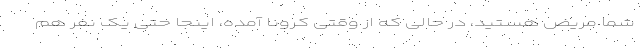
شما مریض هستید، در حالی که از وقتی کرونا آمده، اینجا حتی یک نفر هم